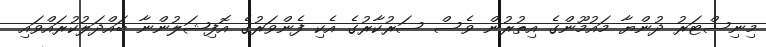
މިނިސްޓަރު ދުންޔާ މައުމޫންގެ އިތުރުން ވެސް ސަރުކާރުގެ އެކި ފެންވަރުގެ އޮފިޝަލުންނާ ބައްދަލުކުރައްވައި